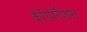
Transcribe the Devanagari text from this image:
काॅपोर्रेशन